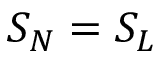
S _ { N } = S _ { L }